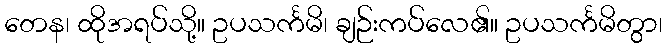
တေန၊ ထိုအရပ်သို့။ ဥပသင်္ကမိ၊ ချဉ်းကပ်လေ၏။ ဥပသင်္ကမိတွာ၊